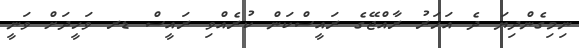
ނިމިގެންދިޔަ ދެ އަހަރު ރާއްޖޭގެ ރައީސްކަން ކުރެއްވި ރައީސް ޑރ ވަހީދަށް ވަނީ